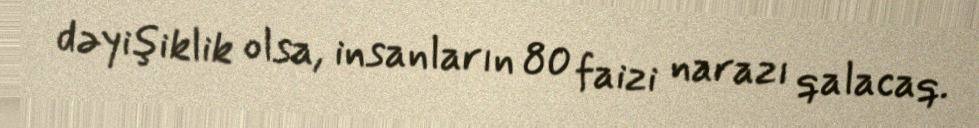
dəyişiklik olsa, insanların 80 faizi narazı qalacaq.